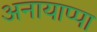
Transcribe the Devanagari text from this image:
अनायाप्पा